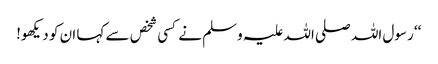
‘‘ رسول اللہ صلی اللہ علیہ وسلم نے کسی شخص سے کہا ان کو دیکھو!